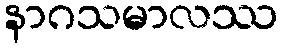
နာဂသမာလဿ